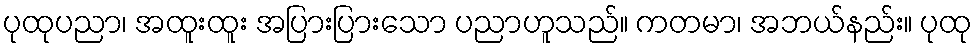
ပုထုပညာ၊ အထူးထူး အပြားပြားသော ပညာဟူသည်။ ကတမာ၊ အဘယ်နည်း။ ပုထု